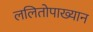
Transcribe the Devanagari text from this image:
ललितोपाख्यान